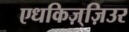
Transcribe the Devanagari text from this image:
एधकिज़्ज़िउर